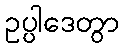
ဥပ္ပါဒေတွာ